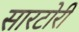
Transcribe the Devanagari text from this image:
सारटोरी